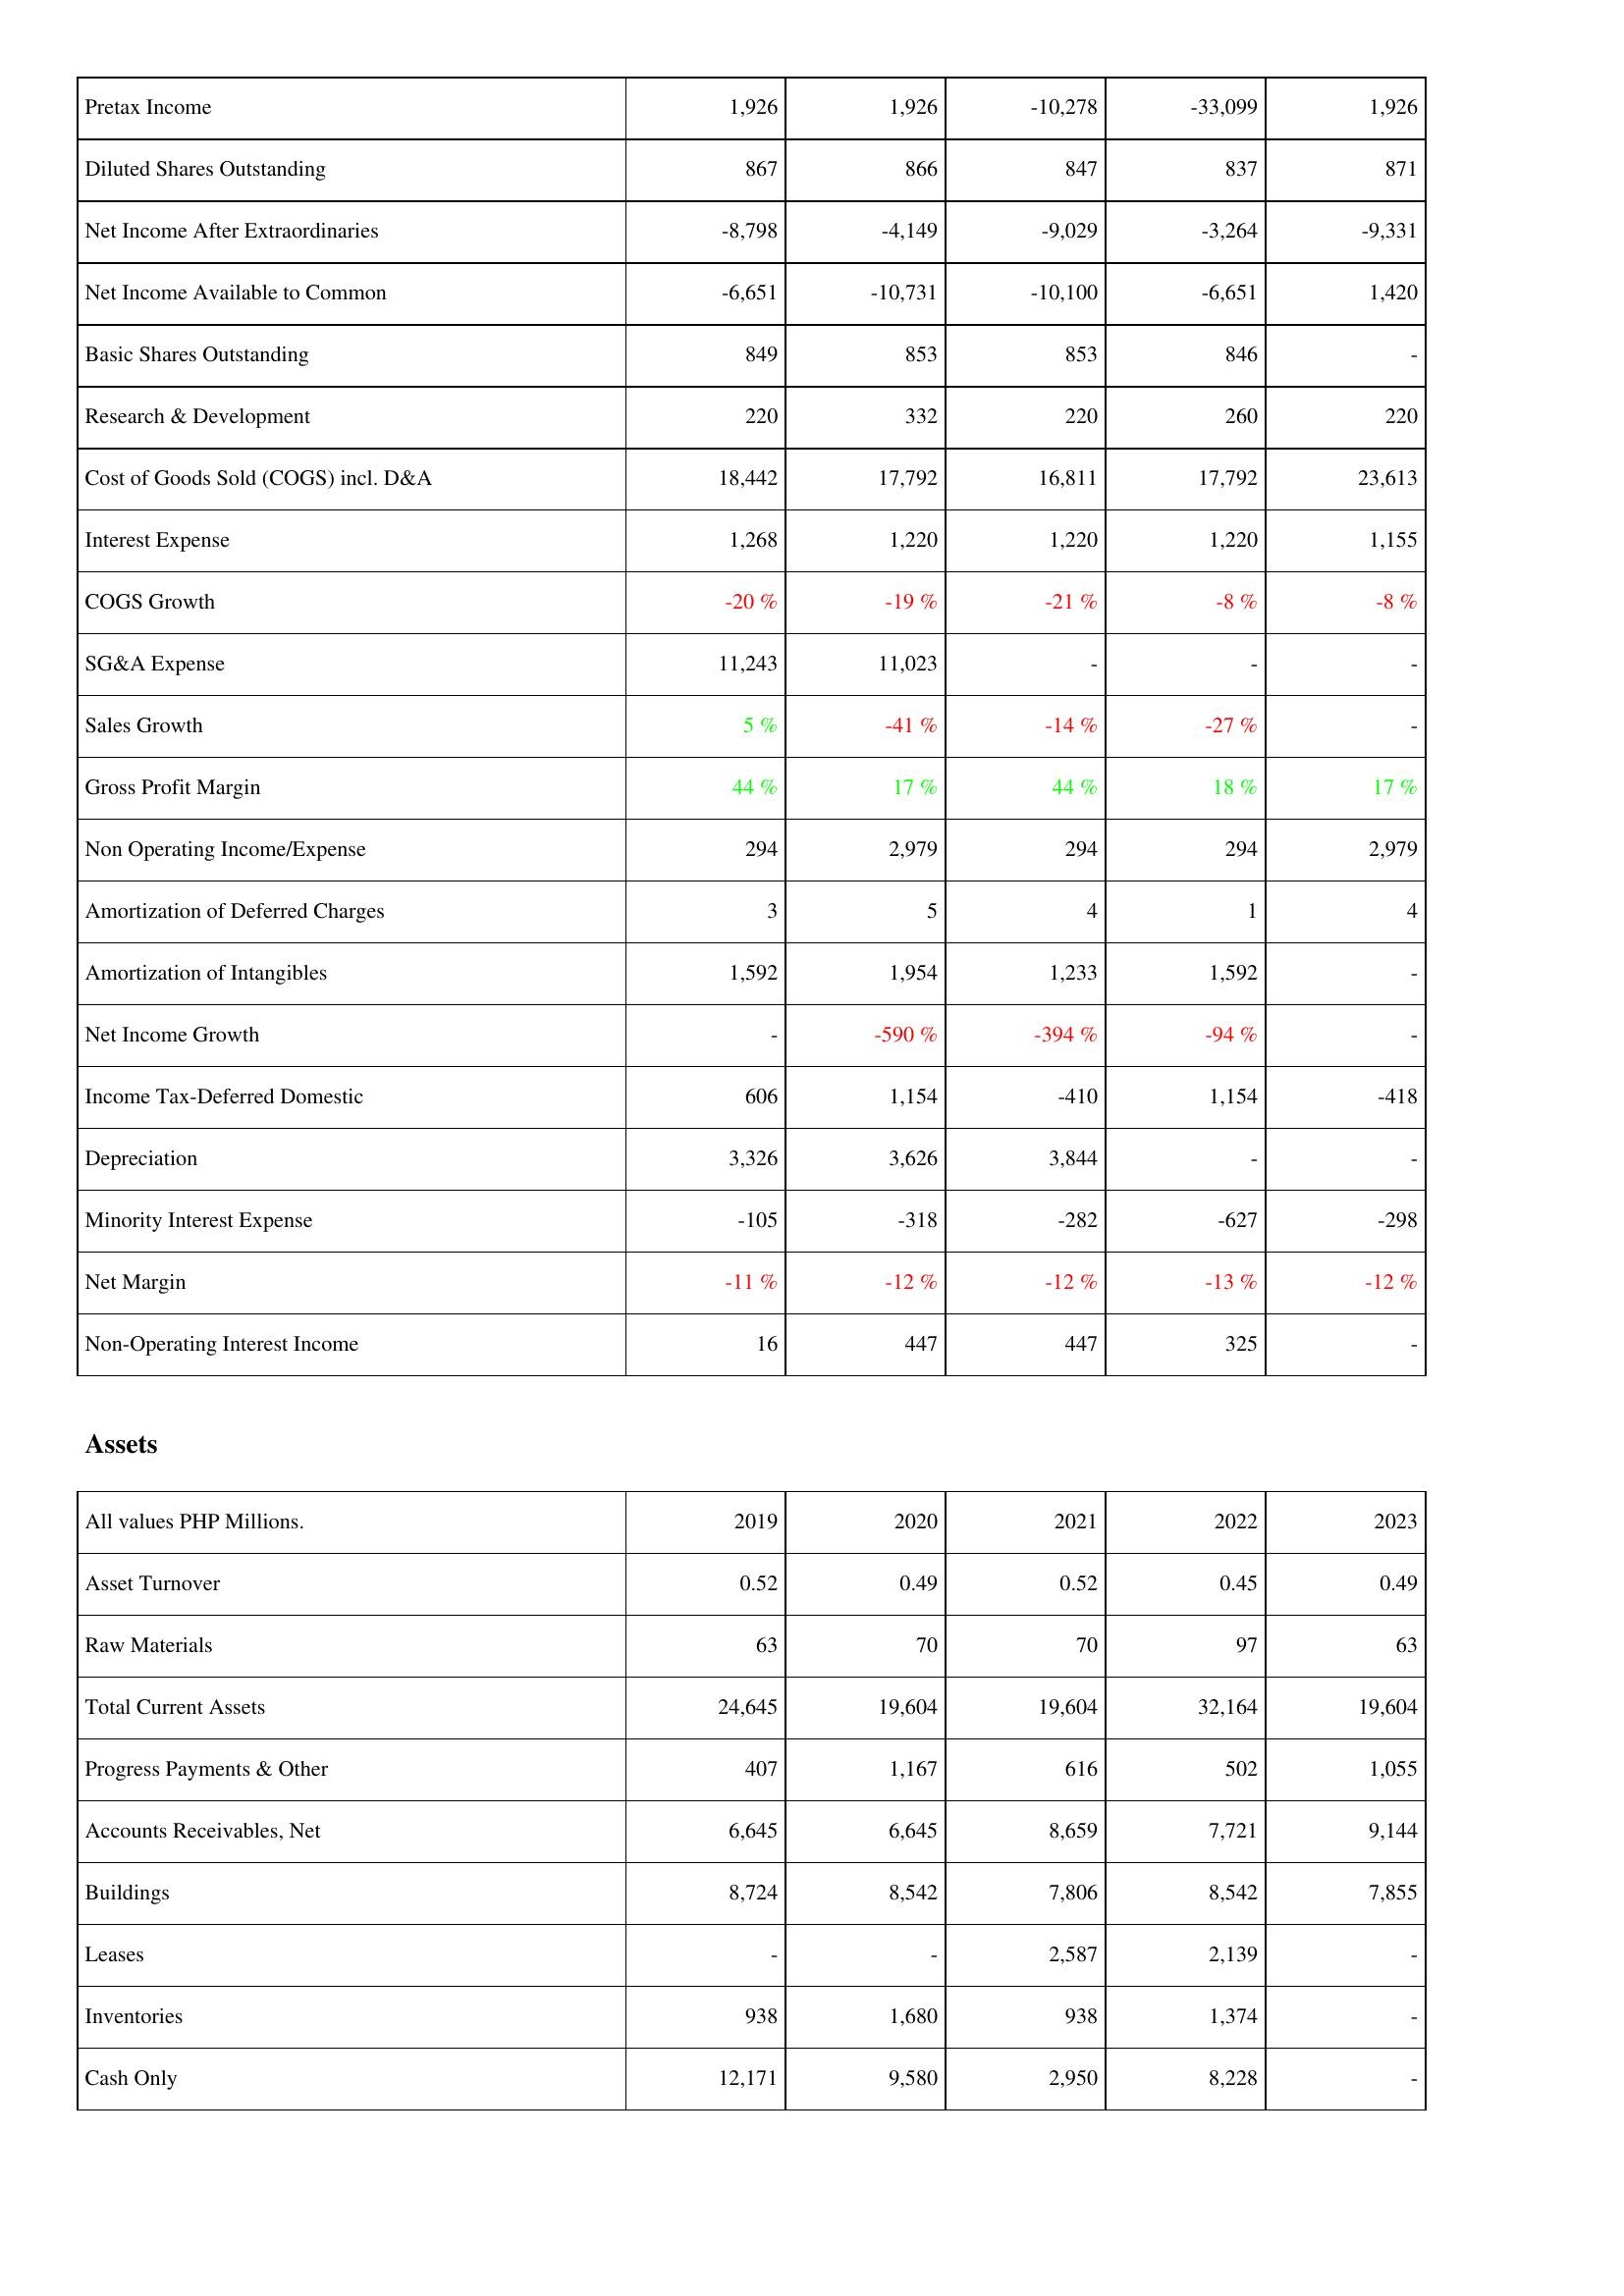
2019: Income Statement: Pretax Income: 1,926
Diluted Shares Outstanding: 867
Net Income After Extraordinaries: -8,798
Net Income Available to Common: -6,651
Basic Shares Outstanding: 849
Research & Development: 220
Cost of Goods Sold (COGS) incl. D&A: 18,442
Interest Expense: 1,268
COGS Growth: -20 %
SG&A Expense: 11,243
Sales Growth: 5 %
Gross Profit Margin: 44 %
Non Operating Income/Expense: 294
Amortization of Deferred Charges: 3
Amortization of Intangibles: 1,592
Net Income Growth: -
Income Tax-Deferred Domestic: 606
Depreciation: 3,326
Minority Interest Expense: -105
Net Margin: -11 %
Non-Operating Interest Income: 16
Assets: Asset Turnover: 0.52
Raw Materials: 63
Total Current Assets: 24,645
Progress Payments & Other: 407
Accounts Receivables, Net: 6,645
Buildings: 8,724
Leases: -
Inventories: 938
Cash Only: 12,171
2020: Income Statement: Pretax Income: 1,926
Diluted Shares Outstanding: 866
Net Income After Extraordinaries: -4,149
Net Income Available to Common: -10,731
Basic Shares Outstanding: 853
Research & Development: 332
Cost of Goods Sold (COGS) incl. D&A: 17,792
Interest Expense: 1,220
COGS Growth: -19 %
SG&A Expense: 11,023
Sales Growth: -41 %
Gross Profit Margin: 17 %
Non Operating Income/Expense: 2,979
Amortization of Deferred Charges: 5
Amortization of Intangibles: 1,954
Net Income Growth: -590 %
Income Tax-Deferred Domestic: 1,154
Depreciation: 3,626
Minority Interest Expense: -318
Net Margin: -12 %
Non-Operating Interest Income: 447
Assets: Asset Turnover: 0.49
Raw Materials: 70
Total Current Assets: 19,604
Progress Payments & Other: 1,167
Accounts Receivables, Net: 6,645
Buildings: 8,542
Leases: -
Inventories: 1,680
Cash Only: 9,580
2021: Income Statement: Pretax Income: -10,278
Diluted Shares Outstanding: 847
Net Income After Extraordinaries: -9,029
Net Income Available to Common: -10,100
Basic Shares Outstanding: 853
Research & Development: 220
Cost of Goods Sold (COGS) incl. D&A: 16,811
Interest Expense: 1,220
COGS Growth: -21 %
SG&A Expense: -
Sales Growth: -14 %
Gross Profit Margin: 44 %
Non Operating Income/Expense: 294
Amortization of Deferred Charges: 4
Amortization of Intangibles: 1,233
Net Income Growth: -394 %
Income Tax-Deferred Domestic: -410
Depreciation: 3,844
Minority Interest Expense: -282
Net Margin: -12 %
Non-Operating Interest Income: 447
Assets: Asset Turnover: 0.52
Raw Materials: 70
Total Current Assets: 19,604
Progress Payments & Other: 616
Accounts Receivables, Net: 8,659
Buildings: 7,806
Leases: 2,587
Inventories: 938
Cash Only: 2,950
2022: Income Statement: Pretax Income: -33,099
Diluted Shares Outstanding: 837
Net Income After Extraordinaries: -3,264
Net Income Available to Common: -6,651
Basic Shares Outstanding: 846
Research & Development: 260
Cost of Goods Sold (COGS) incl. D&A: 17,792
Interest Expense: 1,220
COGS Growth: -8 %
SG&A Expense: -
Sales Growth: -27 %
Gross Profit Margin: 18 %
Non Operating Income/Expense: 294
Amortization of Deferred Charges: 1
Amortization of Intangibles: 1,592
Net Income Growth: -94 %
Income Tax-Deferred Domestic: 1,154
Depreciation: -
Minority Interest Expense: -627
Net Margin: -13 %
Non-Operating Interest Income: 325
Assets: Asset Turnover: 0.45
Raw Materials: 97
Total Current Assets: 32,164
Progress Payments & Other: 502
Accounts Receivables, Net: 7,721
Buildings: 8,542
Leases: 2,139
Inventories: 1,374
Cash Only: 8,228
2023: Income Statement: Pretax Income: 1,926
Diluted Shares Outstanding: 871
Net Income After Extraordinaries: -9,331
Net Income Available to Common: 1,420
Basic Shares Outstanding: -
Research & Development: 220
Cost of Goods Sold (COGS) incl. D&A: 23,613
Interest Expense: 1,155
COGS Growth: -8 %
SG&A Expense: -
Sales Growth: -
Gross Profit Margin: 17 %
Non Operating Income/Expense: 2,979
Amortization of Deferred Charges: 4
Amortization of Intangibles: -
Net Income Growth: -
Income Tax-Deferred Domestic: -418
Depreciation: -
Minority Interest Expense: -298
Net Margin: -12 %
Non-Operating Interest Income: -
Assets: Asset Turnover: 0.49
Raw Materials: 63
Total Current Assets: 19,604
Progress Payments & Other: 1,055
Accounts Receivables, Net: 9,144
Buildings: 7,855
Leases: -
Inventories: -
Cash Only: -